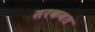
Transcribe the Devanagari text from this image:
सरकवत